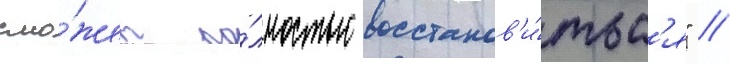
смо́жет по́лностью восстанов'и́тьс'я" //